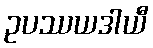
ဥပဿယဒါယီ